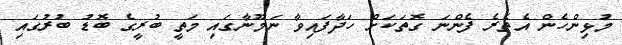
މުޅިންހެން އެތެރެ ފެންނަ ގޮތަކަށް ހަދާފައިވާ ނަމޫނާގައި މަތީ ބުރީގެ ބޮޑު ބުރުގައި